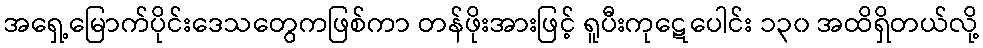
အရှေ့မြောက်ပိုင်းဒေသတွေကဖြစ်ကာ တန်ဖိုးအားဖြင့် ရူပီးကုဋေပေါင်း ၁၃၀ အထိရှိတယ်လို့